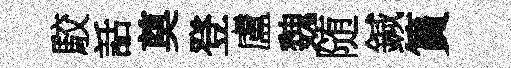
駮話奠登盧魏随鍼篔